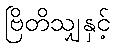
ဗြိတိသျှနှင့်